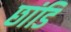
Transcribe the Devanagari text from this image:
छांडि